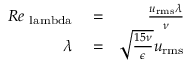
\begin{array} { r l r } { R e _ { \mathrm { \ l a m b d a } } } & { { } = } & { \frac { u _ { \mathrm { r m s } } \lambda } { \nu } } \\ { \lambda } & { { } = } & { \sqrt { \frac { 1 5 \nu } { \epsilon } } u _ { \mathrm { r m s } } } \end{array}